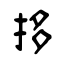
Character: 拸